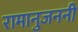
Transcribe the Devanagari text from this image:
रामानुजननी